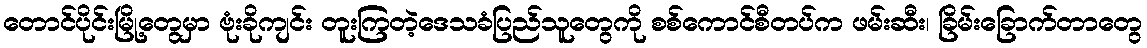
တောင်ပိုင်းမြို့တွေမှာ ဗုံးခိုကျင်း တူးကြတဲ့ဒေသခံပြည်သူတွေကို စစ်ကောင်စီတပ်က ဖမ်းဆီး၊ ခြိမ်းခြောက်တာတွေ